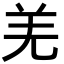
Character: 羌